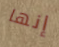
إنها